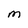
Character: M